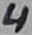
Text: 4